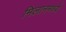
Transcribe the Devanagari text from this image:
मिलानमध्ये